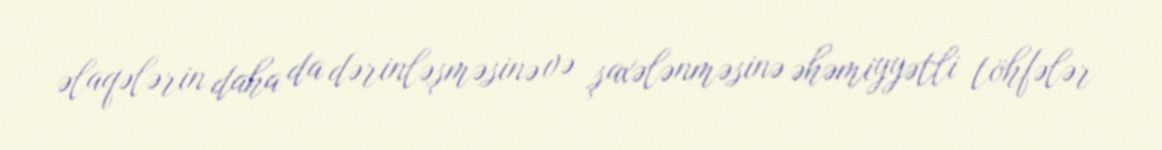
əlaqələrin daha da dərinləşməsinə və şaxələnməsinə əhəmiyyətli töhfələr